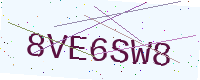
Text: 8VE6SW8